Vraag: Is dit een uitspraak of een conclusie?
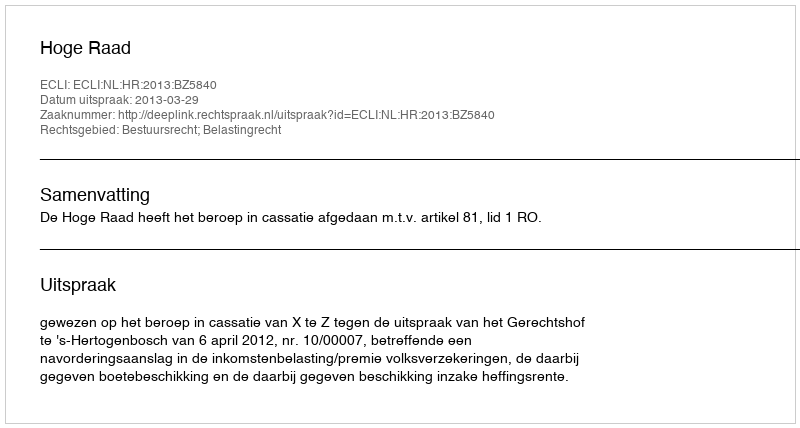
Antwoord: Uitspraak